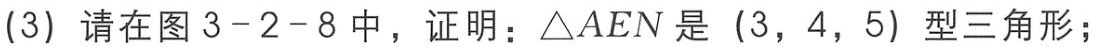
(3) 请在图 3-2-8 中，证明：\(\triangle AEN\) 是 \((3,4,5)\) 型三角形；